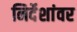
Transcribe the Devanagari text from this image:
निर्देशांवर